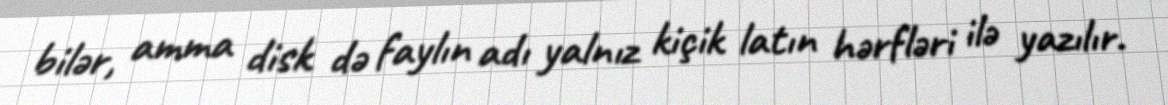
bilər, amma disk də faylın adı yalnız kiçik latın hərfləri ilə yazılır.